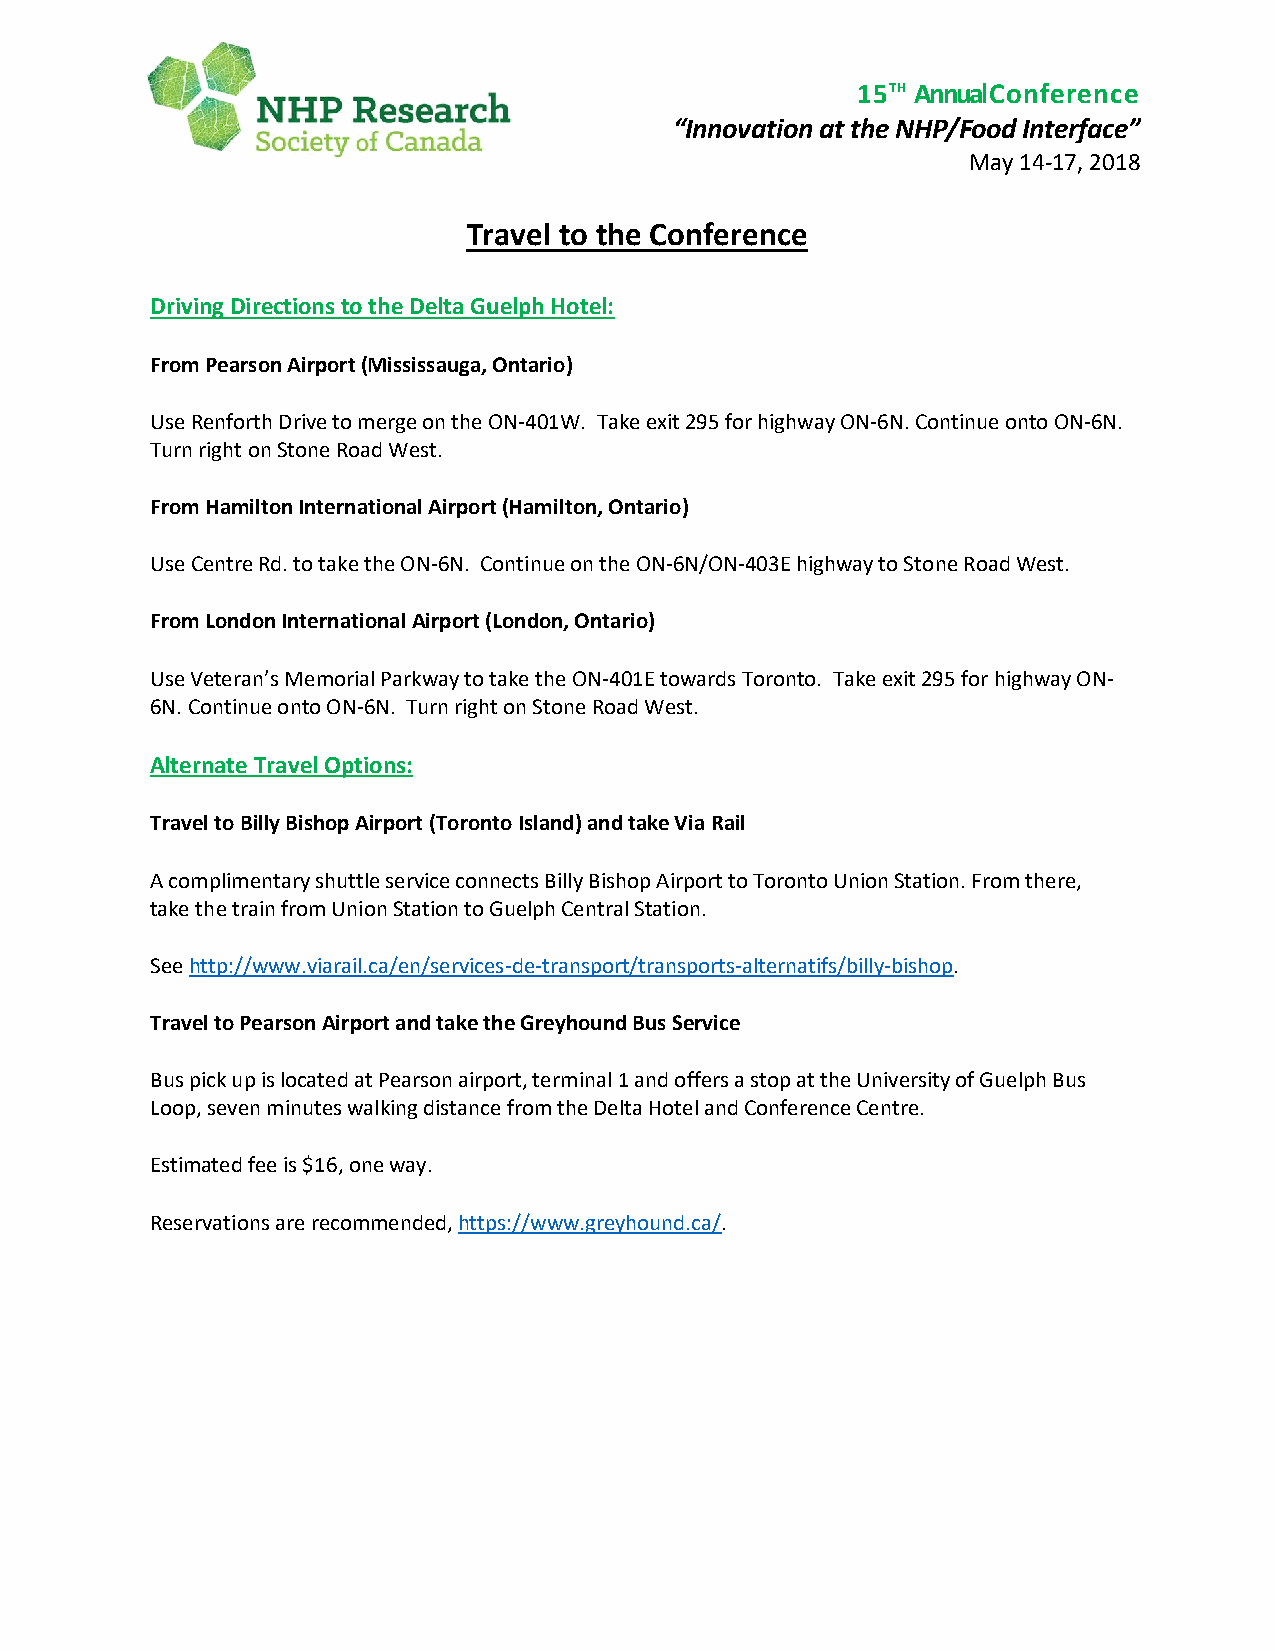
15TH AnnualConference
 “Innovation at the NHP/Food Interface”
 May 14-17, 2018
 Travel to the Conference
 Driving Directions to the Delta Guelph Hotel:
 From Pearson Airport (Mississauga, Ontario)
 Use Renforth Drive to merge on the ON-401W. Take exit 295 for highway ON-6N. Continue onto ON-6N.
 Turn right on Stone Road West.
 From Hamilton International Airport (Hamilton, Ontario)
 Use Centre Rd. to take the ON-6N. Continue on the ON-6N/ON-403E highway to Stone Road West.
 From London International Airport (London, Ontario)
 Use Veteran’s Memorial Parkway to take the ON-401E towards Toronto. Take exit 295 for highway ON-
 6N. Continue onto ON-6N. Turn right on Stone Road West.
 Alternate Travel Options:
 Travel to Billy Bishop Airport (Toronto Island) and take Via Rail
 A complimentary shuttle service connects Billy Bishop Airport to Toronto Union Station. From there,
 take the train from Union Station to Guelph Central Station.
 See http://www.viarail.ca/en/services-de-transport/transports-alternatifs/billy-bishop.
 Travel to Pearson Airport and take the Greyhound Bus Service
 Bus pick up is located at Pearson airport, terminal 1 and offers a stop at the University of Guelph Bus
 Loop, seven minutes walking distance from the Delta Hotel and Conference Centre.
 Estimated fee is $16, one way.
 Reservations are recommended, https://www.greyhound.ca/.